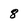
Character: 8